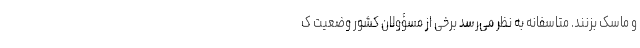
و ماسک بزنند. متاسفانه به نظر می‌رسد برخی از مسؤولان کشور وضعیت ک